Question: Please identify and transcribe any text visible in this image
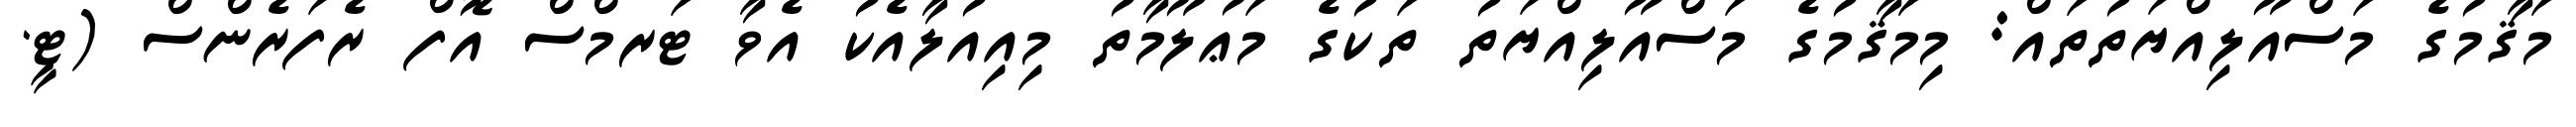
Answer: މަޤާމުގެ މަސްއޫލިއްޔަތުތައް: މިމަޤާމުގެ މަސްއޫލިއްޔަތު ތަކުގެ މަޢުލޫމާތު މިއިއުލާއެކު އެވާ ޓަރމްސް އޮފް ރެފަރެންސް (ޓީ.